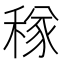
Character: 𥠂